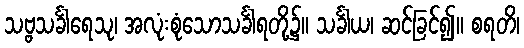
သဗ္ဗသင်္ခါရေသု၊ အလုံးစုံသောသင်္ခါရတို့၌။ သင်္ခါယ၊ ဆင်ခြင်၍။ စရတိ၊